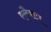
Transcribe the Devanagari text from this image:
एलैक्टर